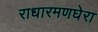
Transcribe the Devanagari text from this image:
राधारमणघेरा